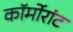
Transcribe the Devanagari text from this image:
कॉर्मोरांट